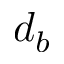
d _ { b }